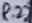
Text: R22